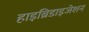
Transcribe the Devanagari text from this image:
हाइब्रिडाइजेशन